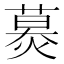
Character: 𦹪